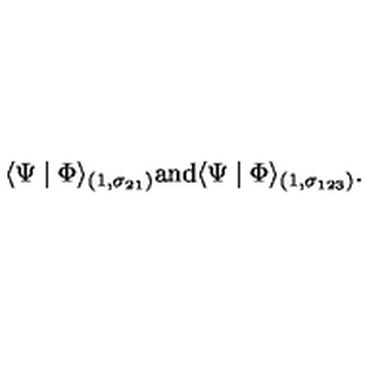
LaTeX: \langle \Psi \mid \Phi \rangle _ { ( 1 , \sigma _ { 2 1 } ) } \mathrm { a n d } \langle \Psi \mid \Phi \rangle _ { ( 1 , \sigma _ { 1 2 3 } ) } .